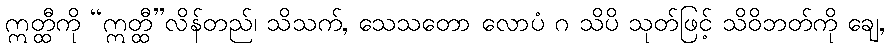
ဣတ္ထီကို “ဣတ္ထီ”လိန်တည်၊ သိသက်, သေသတော လောပံ ဂ သိပိ သုတ်ဖြင့် သိဝိဘတ်ကို ချေ,